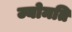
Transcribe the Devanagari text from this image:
ज्योमति